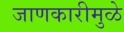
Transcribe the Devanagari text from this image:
जाणकारीमुळे